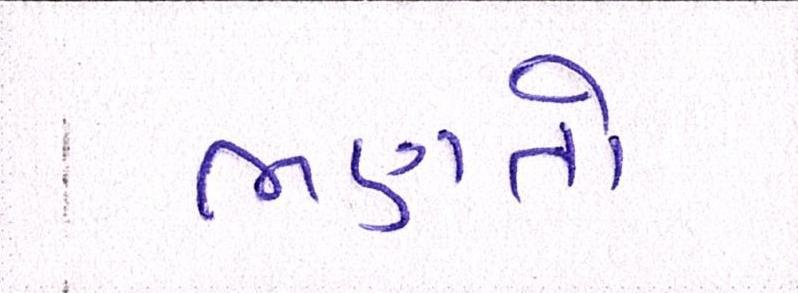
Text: ભણતો